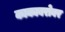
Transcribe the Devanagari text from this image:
काकाबरोबर